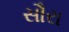
સૌરા